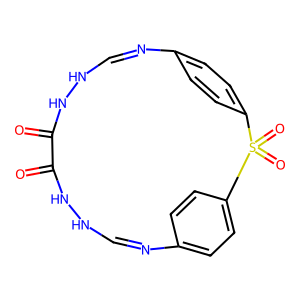
SMILES: O=C1NNC=Nc2ccc(cc2)S(=O)(=O)c2ccc(cc2)N=CNNC1=O
Inhibits HIV replication: No